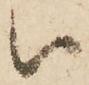
被